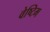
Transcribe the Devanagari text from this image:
वेष्टिम